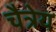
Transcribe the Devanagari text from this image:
चैत्रेय